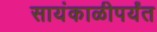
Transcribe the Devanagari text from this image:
सायंकाळीपर्यंत